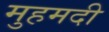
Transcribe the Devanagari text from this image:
मुहमदी